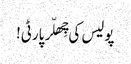
پولیس کی چِھلّر پارٹی!